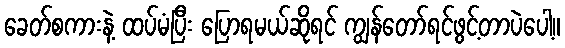
ခေတ်စကားနဲ့ ထပ်မံပြီး ပြောရမယ်ဆိုရင် ကျွန်တော်ရင်ဖွင့်တာပဲပေါ့။